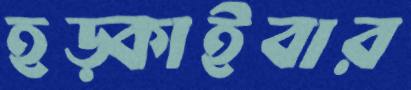
হড়্‌কাইবার